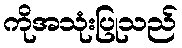
ကိုအသုံးပြုသည်